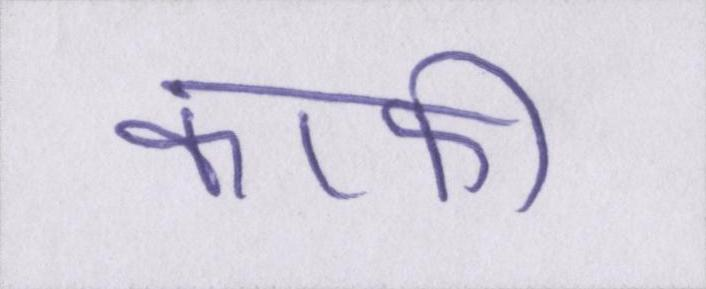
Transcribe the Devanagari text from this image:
काफी